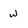
Character: w